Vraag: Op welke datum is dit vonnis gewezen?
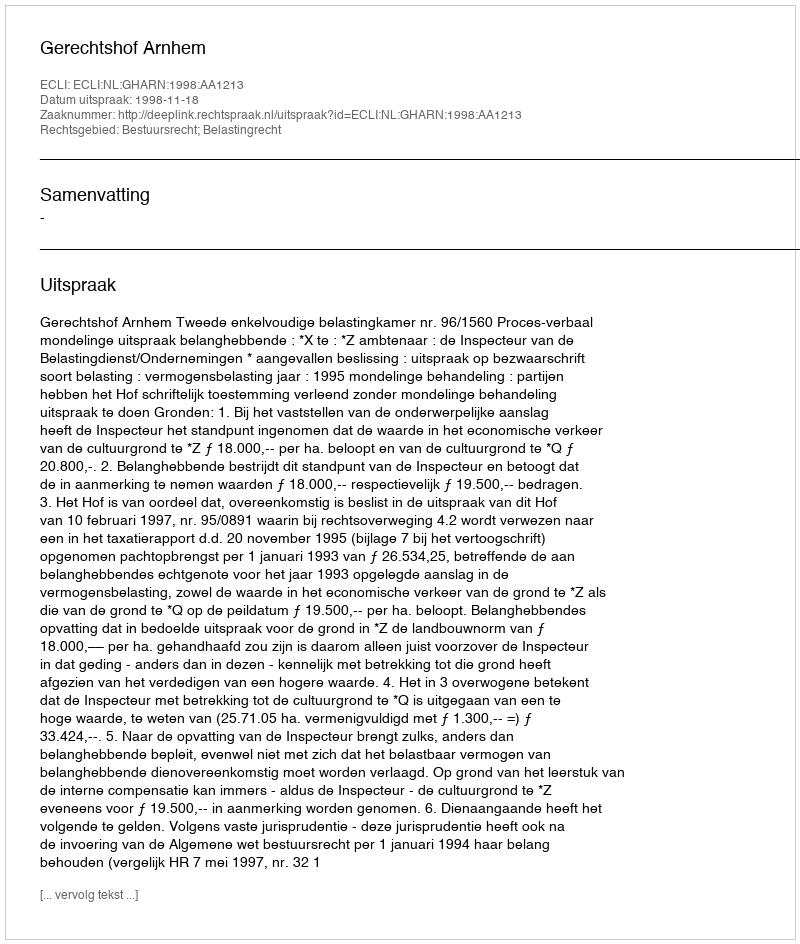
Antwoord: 1998-11-18